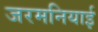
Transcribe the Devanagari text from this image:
जरमनियाई